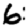
Digit: 6